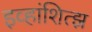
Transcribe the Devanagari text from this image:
इव्हांशित्झ